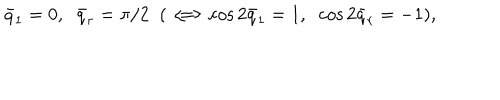
\bar { q } _ { 1 } = 0 , \; \; \bar { q } _ { r } = \pi / 2 \; \; ( \, \Longleftrightarrow \cos 2 \bar { q } _ { 1 } = 1 , \; \; \cos 2 \bar { q } _ { r } = - 1 ) ,